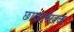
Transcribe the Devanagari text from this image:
छायालेखक